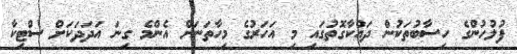
ފުލުހުންގެ ހިސާބުތަކުން ދައްކާގޮތުގައި މި އަހަރުގެ މިހާތަނަށް އެންމެ ގިނަ އަދަދަކަށް ސްޓިކާ